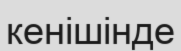
кенішінде